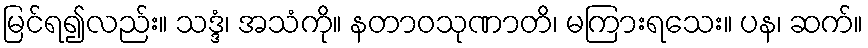
မြင်ရ၍လည်း။ သဒ္ဒံ၊ အသံကို။ နတာဝသုဏာတိ၊ မကြားရသေး။ ပန၊ ဆက်။